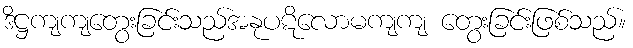
ဒိဋ္ဌကျကျတွေးခြင်းသည်အနုပဋိလောမကျကျ တွေးခြင်းဖြစ်သည်။